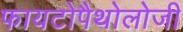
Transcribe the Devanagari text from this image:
फायटोपैथोलोजी